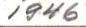
1946